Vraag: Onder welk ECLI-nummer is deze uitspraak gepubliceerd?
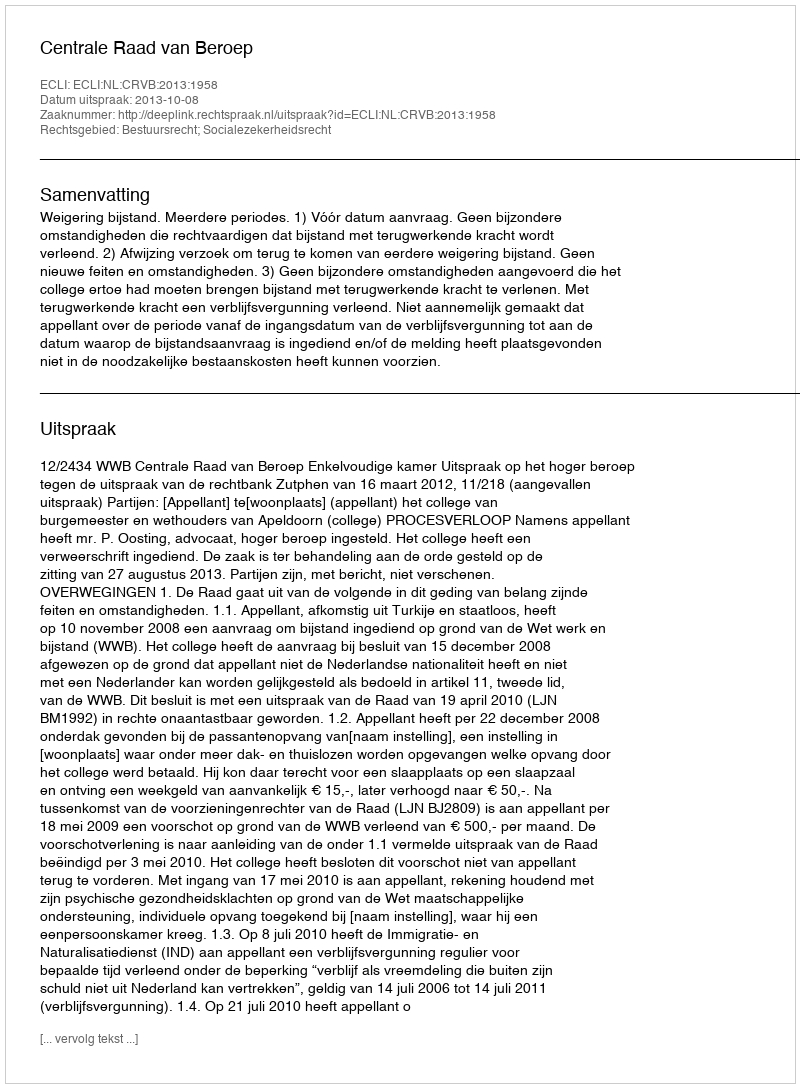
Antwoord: ECLI:NL:CRVB:2013:1958